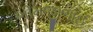
ભીમજીભાઈ